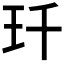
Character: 𤣳